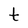
Character: t